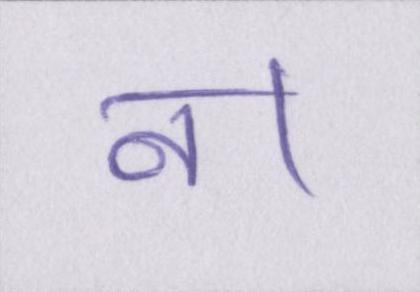
न।